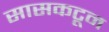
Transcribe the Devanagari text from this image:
सासकटून